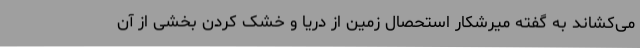
می‌کشاند به گفته میرشکار استحصال زمین از دریا و خشک کردن بخشی از آن